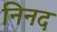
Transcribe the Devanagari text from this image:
निनद